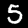
Digit: 5